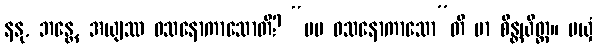
နနု, ဘန္တေ, အယျဿ ဝသနောကာသောတိ? “မမ ဝသနောကာသော”တိ မာ စိန္တယိတ္ထ။ မယှံ